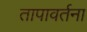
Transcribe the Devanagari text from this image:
तापावर्तना